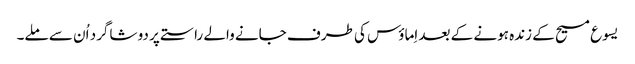
‏ یسوع مسیح کے زندہ ہونے کے بعد اِماؤس کی طرف جانے والے راستے پر دو شاگرد اُن سے ملے۔